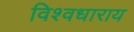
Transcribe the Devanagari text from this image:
विश्वधाराय